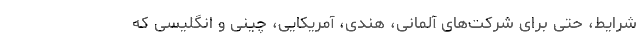
شرایط، حتی برای شرکت‌های آلمانی، هندی، آمریکایی، چینی و انگلیسی که